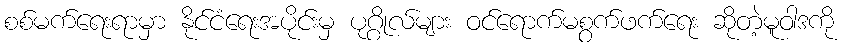
စစ်မက်ရေးရာမှာ နိုင်ငံရေးအပိုင်းမှ ပုဂ္ဂိုလ်များ ဝင်ရောက်မစွက်ဖက်ရေး ဆိုတဲ့မူဝါဒကို